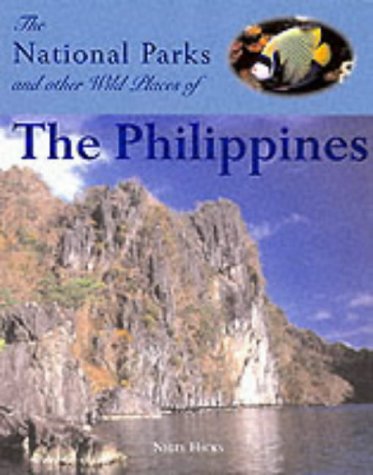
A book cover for The National Parks and Other Wild Places of the Philippines; Nigel Hicks; Travel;